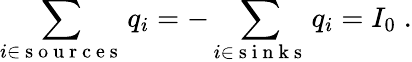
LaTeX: \sum_{i\in\mathrm{~s~o~u~r~c~e~s~}}q_{i}=-\sum_{i\in\mathrm{~s~i~n~k~s~}}q_{i}=I_{0}\; .